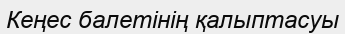
Кеңес балетінің қалыптасуы